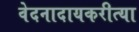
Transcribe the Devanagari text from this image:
वेदनादायकरीत्या